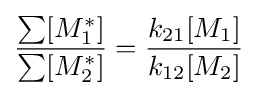
{\frac {\sum [M_{1}^{*}]}{\sum [M_{2}^{*}]}}={\frac {k_{21}[M_{1}]}{k_{12}[M_{2}]}}